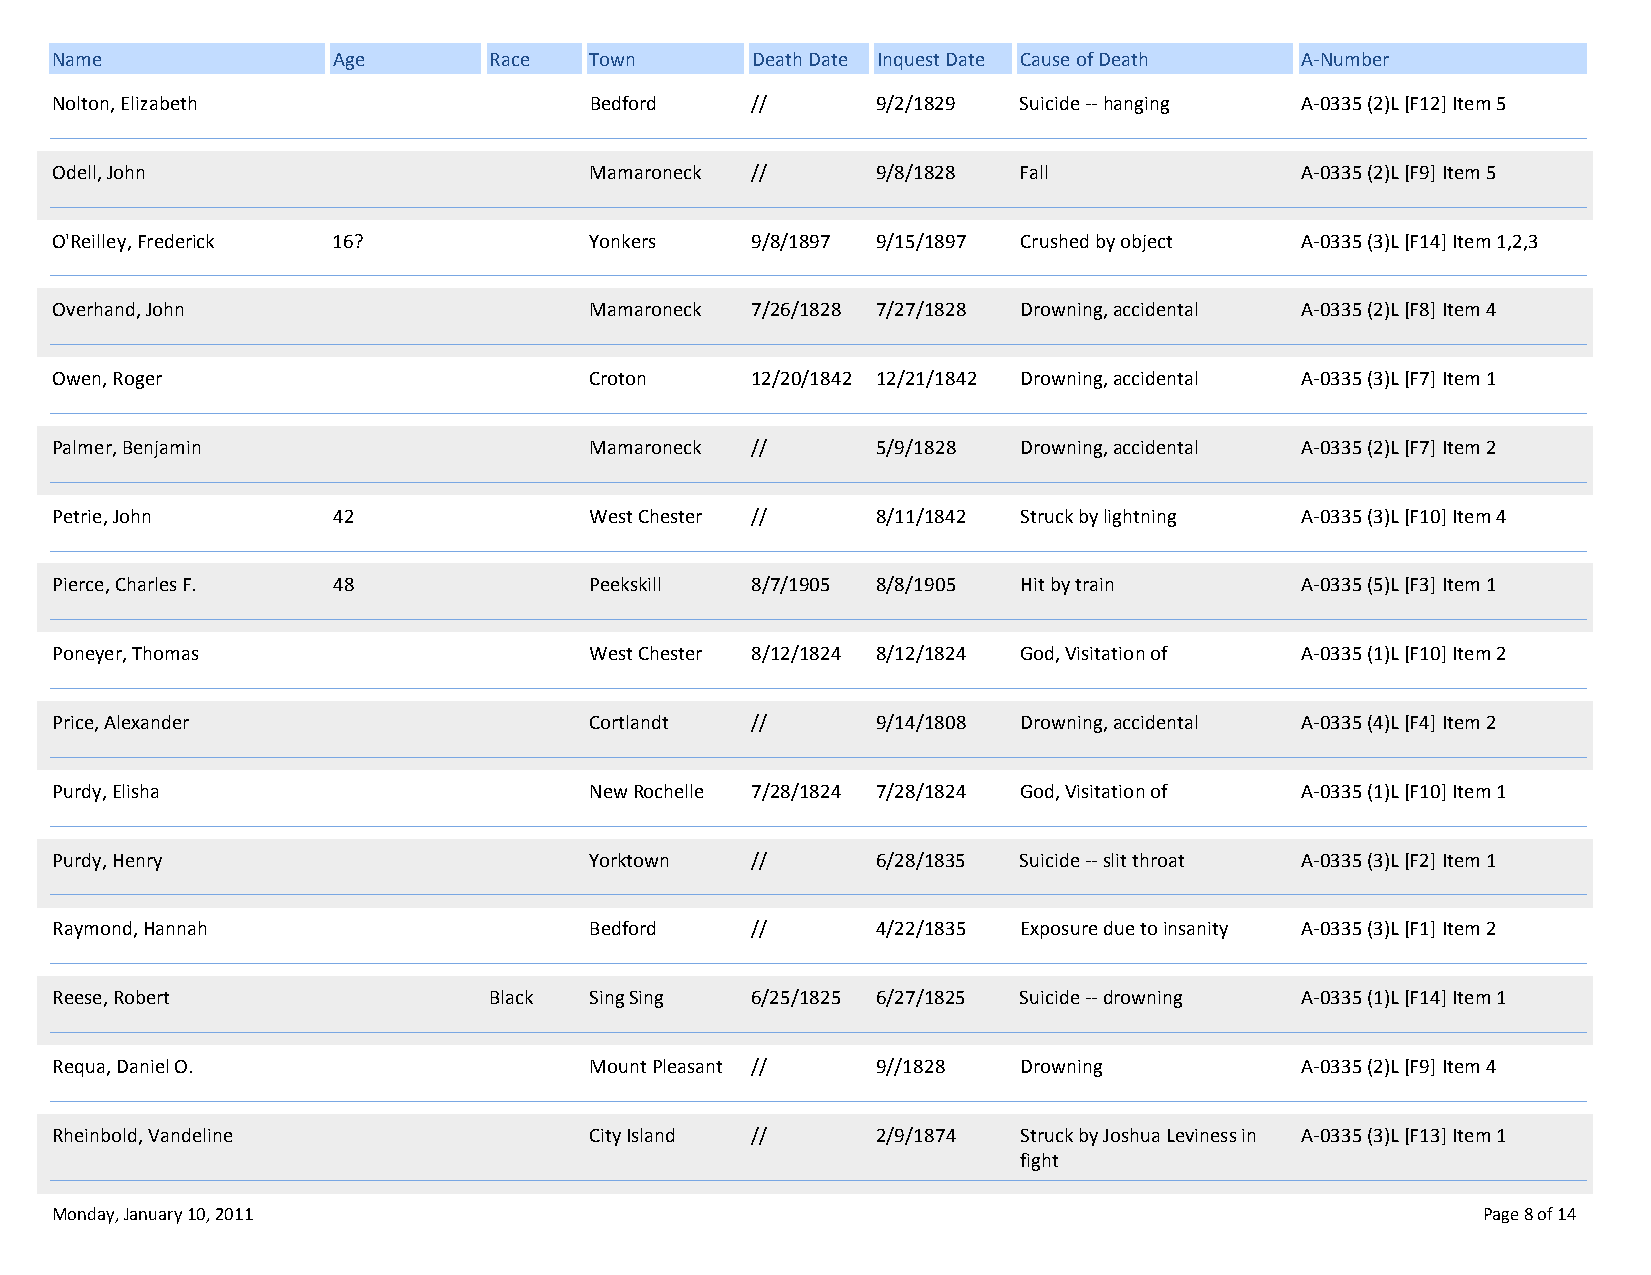
Name               Age       Race   Town       Death Date Inquest Date Cause of Death A‐Number
 Nolton, Elizabeth                   Bedford    //      9/2/1829  Suicide ‐‐ hanging A‐0335 (2)L [F12] Item 5
 Odell, John                         Mamaroneck //      9/8/1828  Fall              A‐0335 (2)L [F9] Item 5
 O'Reilley, Frederick 16?            Yonkers    9/8/1897 9/15/1897 Crushed by object A‐0335 (3)L [F14] Item 1,2,3
 Overhand, John                      Mamaroneck 7/26/1828 7/27/1828 Drowning, accidental A‐0335 (2)L [F8] Item 4
 Owen, Roger                         Croton     12/20/1842 12/21/1842 Drowning, accidental A‐0335 (3)L [F7] Item 1
 Palmer, Benjamin                    Mamaroneck //      5/9/1828  Drowning, accidental A‐0335 (2)L [F7] Item 2
 Petrie, John       42               West Chester //    8/11/1842 Struck by lightning A‐0335 (3)L [F10] Item 4
 Pierce, Charles F. 48               Peekskill  8/7/1905 8/8/1905 Hit by train      A‐0335 (5)L [F3] Item 1
 Poneyer, Thomas                     West Chester 8/12/1824 8/12/1824 God, Visitation of A‐0335 (1)L [F10] Item 2
 Price, Alexander                    Cortlandt  //      9/14/1808 Drowning, accidental A‐0335 (4)L [F4] Item 2
 Purdy, Elisha                       New Rochelle 7/28/1824 7/28/1824 God, Visitation of A‐0335 (1)L [F10] Item 1
 Purdy, Henry                        Yorktown   //      6/28/1835 Suicide ‐‐ slit throat A‐0335 (3)L [F2] Item 1
 Raymond, Hannah                     Bedford    //      4/22/1835 Exposure due to insanity A‐0335 (3)L [F1] Item 2
 Reese, Robert                Black  Sing Sing  6/25/1825 6/27/1825 Suicide ‐‐ drowning A‐0335 (1)L [F14] Item 1
 Requa, Daniel O.                    Mount Pleasant //  9//1828   Drowning          A‐0335 (2)L [F9] Item 4
 Rheinbold, Vandeline                City Island //     2/9/1874 Struck by Joshua Leviness in A‐0335 (3)L [F13] Item 1
 fight
 Monday, January 10, 2011                                                                       Page 8 of 14